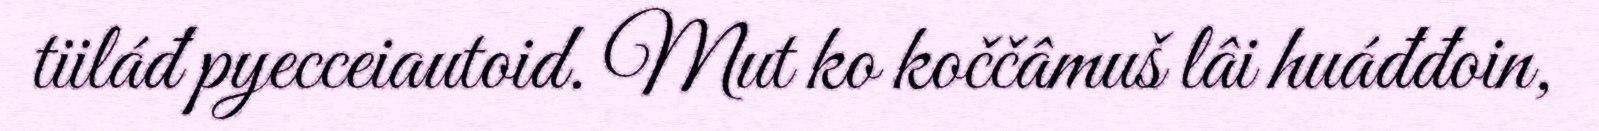
tiiláđ pyecceiautoid. Mut ko koččâmuš lâi huáđđoin,